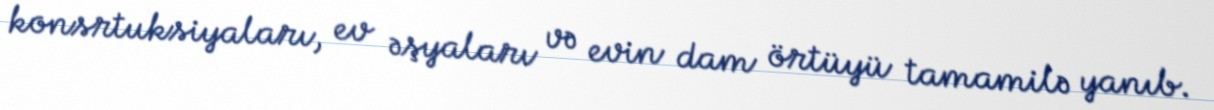
konsrtuksiyaları, ev əşyaları və evin dam örtüyü tamamilə yanıb.